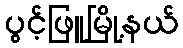
ပွင့်ဖြူမြို့နယ်